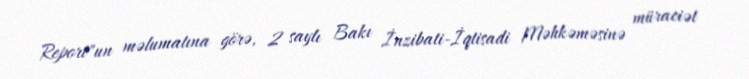
Report"un məlumatına görə, 2 saylı Bakı İnzibati-İqtisadi Məhkəməsinə müraciət